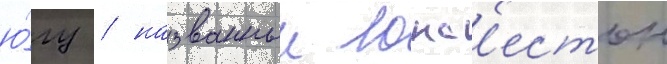
ю́гу / названныи лонс'естон